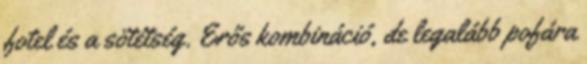
fotel és a sötétség. Erős kombináció, de legalább pofára